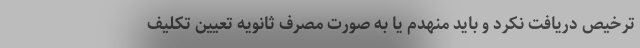
ترخیص دریافت نکرد و باید منهدم یا به صورت مصرف ثانویه تعیین تکلیف